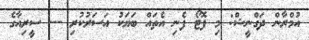
އުމްރާން ދަގްނީޝް: މި ފޮޓޯ ފެނި އެތައް ބަޔަކު އަސަރުކުރި --- ސީރިއާގެ